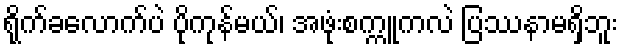
ရိုက်ခလောက်ပဲ ပိုကုန်မယ်၊ အဖုံးစက္ကူကလဲ ပြဿနာမရှိဘူး